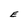
Character: E